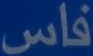
فاس